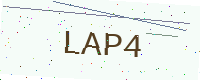
Text: LAP4